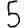
Digit: 5